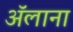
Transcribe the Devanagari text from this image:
ॲलाना